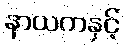
နာယကနှင့်